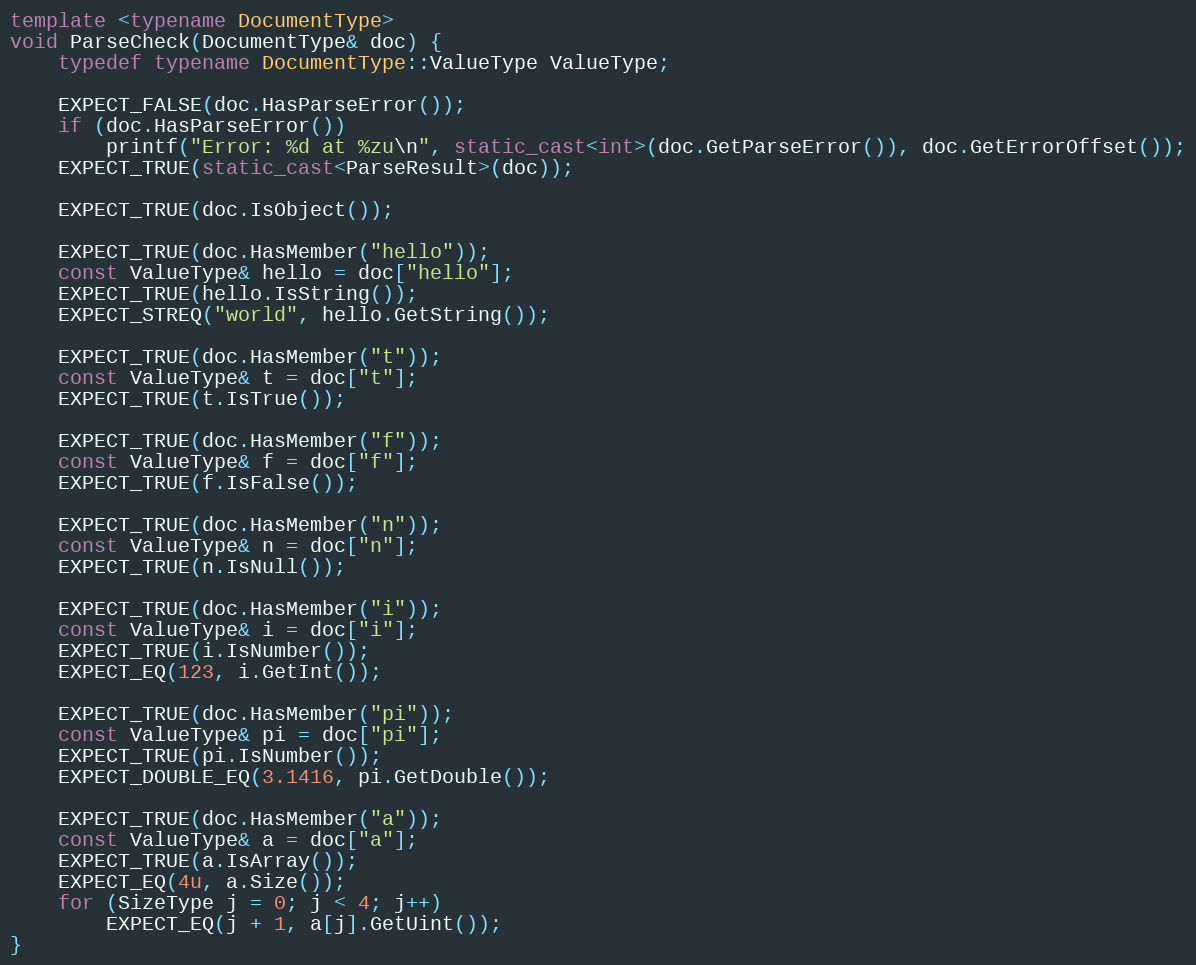
Language: C++
template <typename DocumentType>
void ParseCheck(DocumentType& doc) {
    typedef typename DocumentType::ValueType ValueType;

    EXPECT_FALSE(doc.HasParseError());
    if (doc.HasParseError())
        printf("Error: %d at %zu\n", static_cast<int>(doc.GetParseError()), doc.GetErrorOffset());
    EXPECT_TRUE(static_cast<ParseResult>(doc));

    EXPECT_TRUE(doc.IsObject());

    EXPECT_TRUE(doc.HasMember("hello"));
    const ValueType& hello = doc["hello"];
    EXPECT_TRUE(hello.IsString());
    EXPECT_STREQ("world", hello.GetString());

    EXPECT_TRUE(doc.HasMember("t"));
    const ValueType& t = doc["t"];
    EXPECT_TRUE(t.IsTrue());

    EXPECT_TRUE(doc.HasMember("f"));
    const ValueType& f = doc["f"];
    EXPECT_TRUE(f.IsFalse());

    EXPECT_TRUE(doc.HasMember("n"));
    const ValueType& n = doc["n"];
    EXPECT_TRUE(n.IsNull());

    EXPECT_TRUE(doc.HasMember("i"));
    const ValueType& i = doc["i"];
    EXPECT_TRUE(i.IsNumber());
    EXPECT_EQ(123, i.GetInt());

    EXPECT_TRUE(doc.HasMember("pi"));
    const ValueType& pi = doc["pi"];
    EXPECT_TRUE(pi.IsNumber());
    EXPECT_DOUBLE_EQ(3.1416, pi.GetDouble());

    EXPECT_TRUE(doc.HasMember("a"));
    const ValueType& a = doc["a"];
    EXPECT_TRUE(a.IsArray());
    EXPECT_EQ(4u, a.Size());
    for (SizeType j = 0; j < 4; j++)
        EXPECT_EQ(j + 1, a[j].GetUint());
}